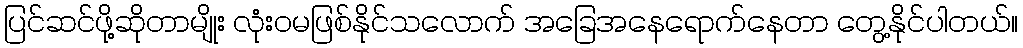
ပြင်ဆင်ဖို့ဆိုတာမျိုး လုံးဝမဖြစ်နိုင်သလောက် အခြေအနေရောက်နေတာ တွေ့နိုင်ပါတယ်။